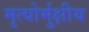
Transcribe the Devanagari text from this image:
मृत्‍योर्मुक्षीय